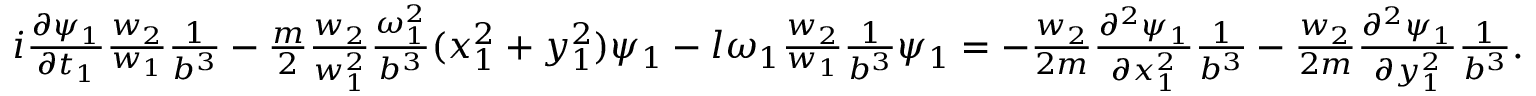
\begin{array} { r } { i \frac { \partial \psi _ { 1 } } { \partial t _ { 1 } } \frac { w _ { 2 } } { w _ { 1 } } \frac { 1 } { b ^ { 3 } } - \frac { m } { 2 } \frac { w _ { 2 } } { w _ { 1 } ^ { 2 } } \frac { \omega _ { 1 } ^ { 2 } } { b ^ { 3 } } ( x _ { 1 } ^ { 2 } + y _ { 1 } ^ { 2 } ) \psi _ { 1 } - l \omega _ { 1 } \frac { w _ { 2 } } { w _ { 1 } } \frac { 1 } { b ^ { 3 } } \psi _ { 1 } = - \frac { w _ { 2 } } { 2 m } \frac { \partial ^ { 2 } \psi _ { 1 } } { \partial x _ { 1 } ^ { 2 } } \frac { 1 } { b ^ { 3 } } - \frac { w _ { 2 } } { 2 m } \frac { \partial ^ { 2 } \psi _ { 1 } } { \partial y _ { 1 } ^ { 2 } } \frac { 1 } { b ^ { 3 } } . } \end{array}